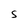
Character: s